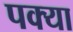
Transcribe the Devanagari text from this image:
पक्या